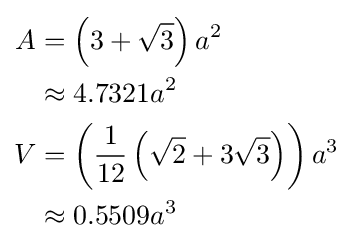
{\begin{aligned}A&=\left(3+{\sqrt {3}}\right)a^{2}\\&\approx 4.7321a^{2}\\V&=\left({\frac {1}{12}}\left({\sqrt {2}}+3{\sqrt {3}}\right)\right)a^{3}\\&\approx 0.5509a^{3}\end{aligned}}